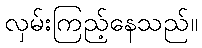
လှမ်းကြည့်နေသည်။